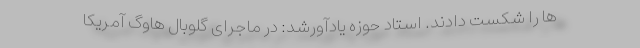
ها را شکست دادند. استاد حوزه یادآورشد: در ماجرای گلوبال هاوگ آمریکا